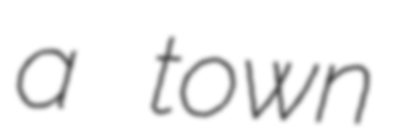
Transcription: a town